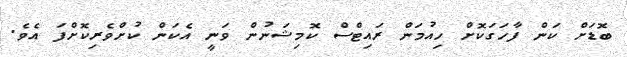
ބޮޑަށް ކަން ފާހަގަކޮށް ހިއުމަން ރައިޓްސް ކޮމިޝަނުން ވަނީ އެކަން ކުށްވެރިކޮށްފަ އެވެ.